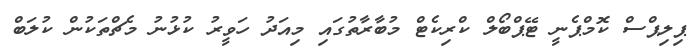
ޕިލިޕްސް ކޮމްޕެނީ ޓޭޕްބޯލް ކްރިކެޓް މުބާރާތުގައި މިއަދު ހަވީރު ކުޅުނު މެޗްތަކުން ކުލަބް